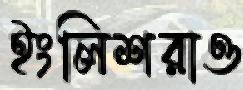
ইংলিশরাও